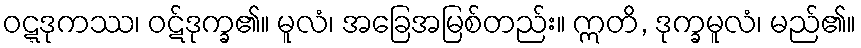
ဝဋ္ဋဒုကဿ၊ ဝဋ်ဒုက္ခ၏။ မူလံ၊ အခြေအမြစ်တည်း။ ဣတိ, ဒုက္ခမူလံ၊ မည်၏။